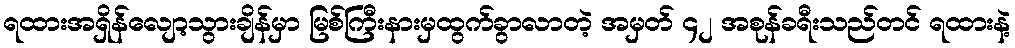
ရထားအရှိန်လျော့သွားချိန်မှာ မြစ်ကြီးနားမှထွက်ခွာလာတဲ့ အမှတ် ၄၂ အစုန်ခရီးသည်တင် ရထားနဲ့